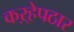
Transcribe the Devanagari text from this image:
कऱ्हेपठार